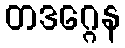
တဒဂ္ဂေန